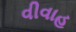
વીવાહ